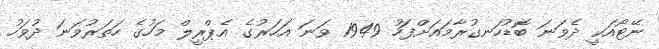
ނޭޓޯއަކީ ދެވަނަ ބޮޑުހަނގުރާމައަށްފަހު 1949 ވަނަ އަހަރުގެ އެޕްރީލް މަހުގެ ހަތަރުވަނަ ދުވަހު